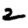
Digit: 2